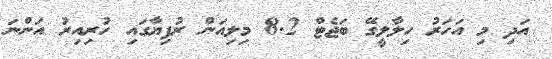
އަދި މި އަހަރު ހިލާލީގޭ ބަޖެޓް 8.2 މިލިއަން ރުފިޔާގައި ހުރިއިރު އަންނަ